Civil Veterinary Dept. North-West Frontier Province 1923-32 - 1923-1932
Year: 1923
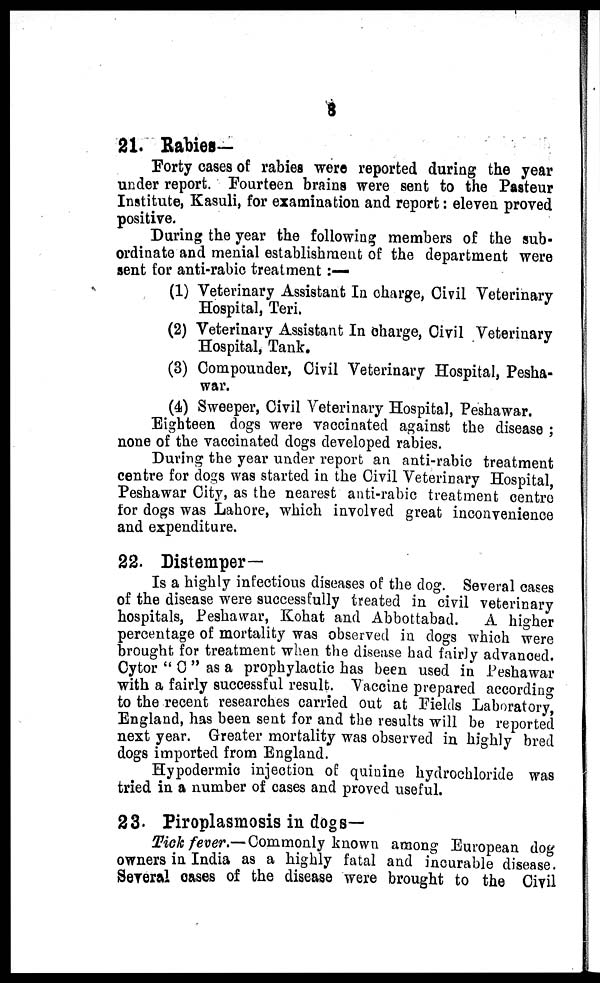
8
21. Rabies-
Forty cases of rabies were reported during the year
under report. Fourteen brains were sent to the Pasteur
Institute, Kasuli, for examination and report: eleven proved
positive.
During the year the following members of the sub-
ordinate and menial establishment of the department were
sent for anti-rabic treatment :—
(1) Veterinary Assistant In charge, Civil Veterinary
Hospital, Teri.
(2) Veterinary Assistant In charge, Civil Veterinary
Hospital, Tank.
(3) Compounder, Civil Veterinary Hospital, Pesha-
war.
(4) Sweeper, Civil Veterinary Hospital, Peshawar.
Eighteen dogs were vaccinated against the disease ;
none of the vaccinated dogs developed rabies.
During the year under report an anti-rabic treatment
centre for dogs was started in the Civil Veterinary Hospital,
Peshawar City, as the nearest anti-rabic treatment centre
for dogs was Lahore, which involved great inconvenience
and expenditure.
22. Distemper-
Is a highly infectious diseases of the dog. Several cases
of the disease were successfully treated in civil veterinary
hospitals, Peshawar, Kohat and Abbottabad.
A higher
percentage of mortality was observed in dogs which were
brought for treatment when the disease had fairly advanced.
Cytor " C " as a prophylactic has been used in Peshawar
with a fairly successful result. Vaccine prepared according
to the recent researches carried out at Fields Laboratory,
England, has been sent for and the results will be reported
next year. Greater mortality was observed in highly bred
dogs imported from England.
Hypodermic injection of quinine hydrochloride was
tried in a number of cases and proved useful.
23. Piroplasmosis in dogs—
Tick fever.— Commonly known among European dog
owners in India as a highly fatal and incurable disease.
Several cases of the disease were brought to the Civil